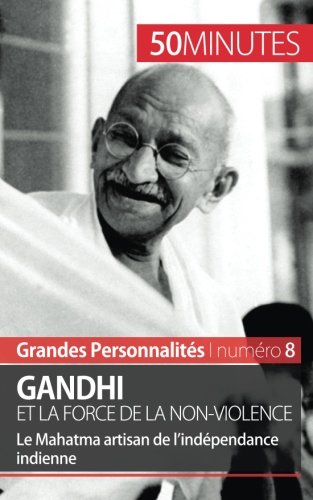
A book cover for Gandhi et la force de la non-violence: Le Mahatma artisan de lEEindÃ©pendance indienne (French Edition); MÃ©lanie Mettra; Religion & Spirituality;